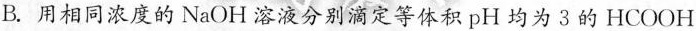
B.用相同浓度的NaOH溶液分别滴定等体积pH均为3的HCOOH